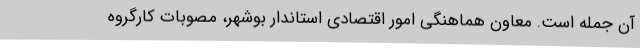
آن جمله است. معاون هماهنگی امور اقتصادی استاندار بوشهر، مصوبات کارگروه